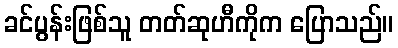
ခင်ပွန်းဖြစ်သူ တတ်ဆုဟီကိုက ပြောသည်။